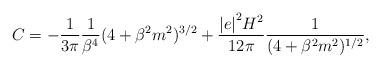
LaTeX: \begin{align*}C = - \frac{1}{3 \pi} \frac{1}{\beta^4} (4 + \beta^2 m^2 )^{3/2} + \frac{{\vert e \vert}^2 H^2}{12 \pi} \frac{1}{ (4 + \beta^2 m^2)^{1/2}},\end{align*}